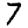
Digit: 7